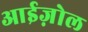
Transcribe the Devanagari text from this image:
आईज़ोल